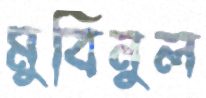
মুবিনুল